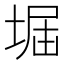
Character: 𡌷